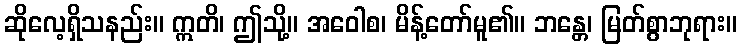
ဆိုလေ့ရှိသနည်း။ ဣတိ၊ ဤသို့။ အဝေါစ၊ မိန့်တော်မူ၏။ ဘန္တေ၊ မြတ်စွာဘုရား။